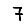
Digit: 7